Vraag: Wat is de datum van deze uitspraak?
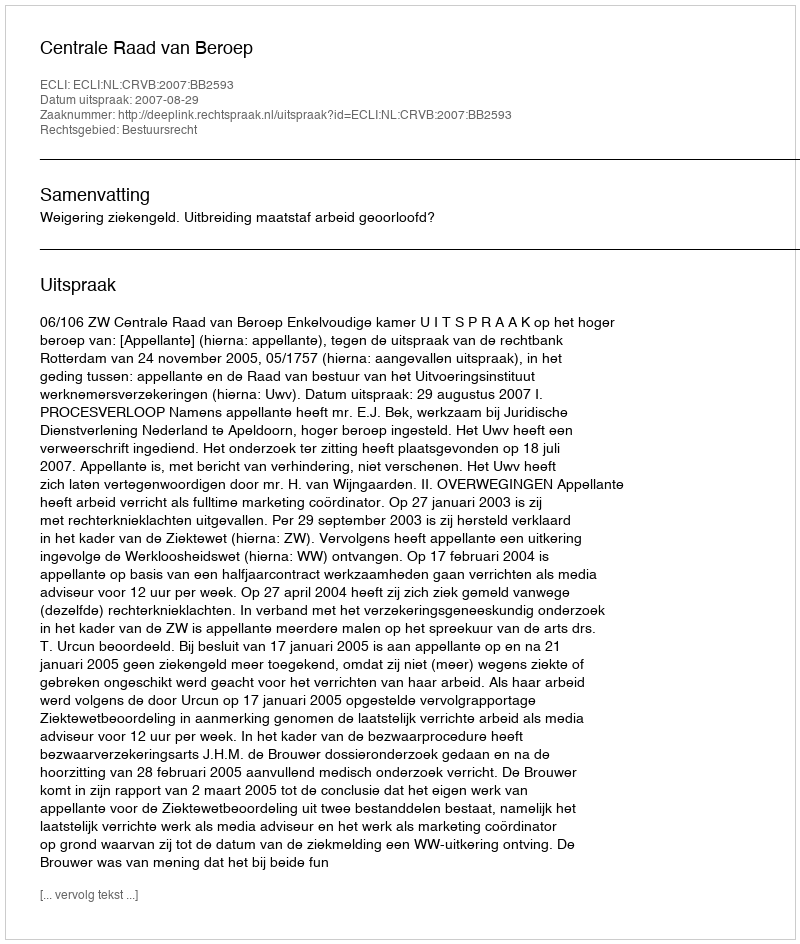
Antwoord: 2007-08-29